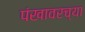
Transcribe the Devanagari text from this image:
पंखावरच्या